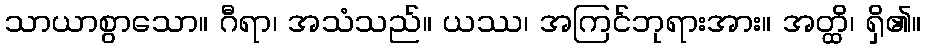
သာယာစွာသော။ ဂီရာ၊ အသံသည်။ ယဿ၊ အကြင်ဘုရားအား။ အတ္ထိ၊ ရှိ၏။